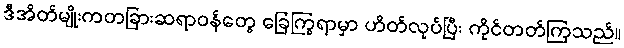
ဒီအိတ်မျိုးကတခြားဆရာဝန်တွေ ခြေကြွရာမှာ ဟိတ်လုပ်ပြီး ကိုင်တတ်ကြသည်။